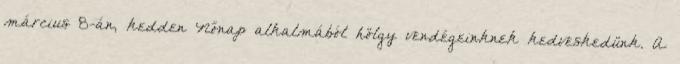
március 8-án, kedden Nőnap alkalmából hölgy vendégeinknek kedveskedünk. A